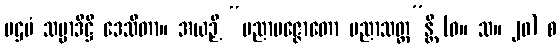
ပဌမံ သမ္မာဒိဋ္ဌိ ဒေသိတာ။ အယဉှိ “ပညာပဇ္ဇောတော ပညာသတ္ထ”န္တိ (ဓ။ သ။ ၂၀) စ